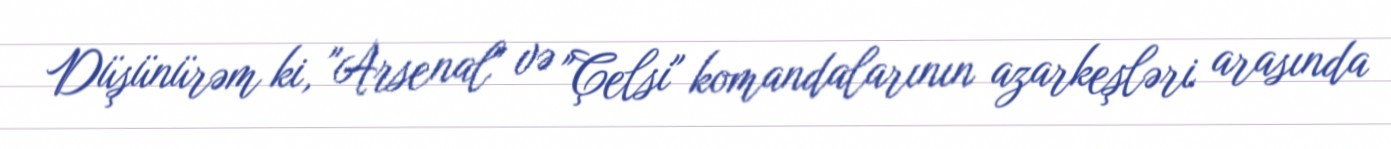
Düşünürəm ki, "Arsenal" və "Çelsi" komandalarının azarkeşləri arasında